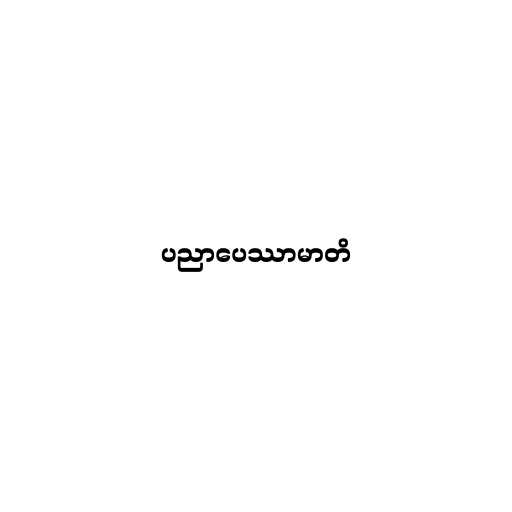
ပညာပေဿာမာတိ